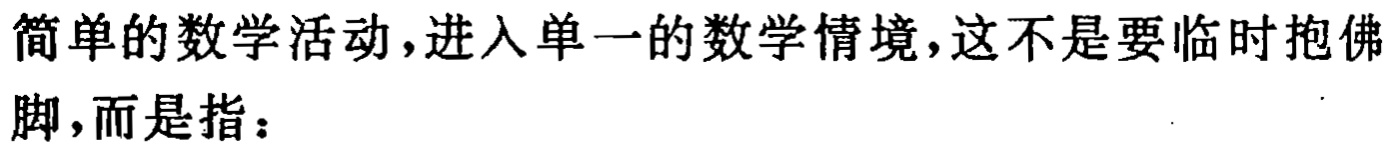
简单的数学活动,进入单一的数学情境,这不是要临时抱佛脚,而是指：